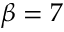
\beta = 7